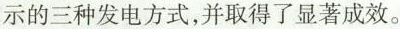
示的三种发电方式，并取得了显著成效。